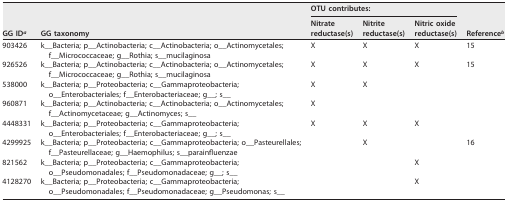
<table><thead><tr><td rowspan="2"><b>GG ID<sup>a</sup></b></td><td rowspan="2"><b>GG taxonomy</b></td><td colspan="3"><b>OTU contributes:</b></td><td rowspan="2"><b>Reference<sup>b</sup></b></td></tr><tr><td><b>Nitrate reductase(s)</b></td><td><b>Nitrite reductase(s)</b></td><td><b>Nitric oxide reductase(s)</b></td></tr></thead><tbody><tr><td>903426</td><td>k__Bacteria; p__Actinobacteria; c__Actinobacteria; o__Actinomycetales; f__Micrococcaceae; g__Rothia; s__mucilaginosa</td><td>X</td><td>X</td><td>X</td><td>15</td></tr><tr><td>926526</td><td>k__Bacteria; p__Actinobacteria; c__Actinobacteria; o__Actinomycetales; f__Micrococcaceae; g__Rothia; s__mucilaginosa</td><td>X</td><td>X</td><td>X</td><td>15</td></tr><tr><td>538000</td><td>k__Bacteria; p__Proteobacteria; c__Gammaproteobacteria; o__Enterobacteriales; f__Enterobacteriaceae; g__; s__</td><td>X</td><td>X</td><td></td><td></td></tr><tr><td>960871</td><td>k__Bacteria; p__Actinobacteria; c__Actinobacteria; o__Actinomycetales; f__Actinomycetaceae; g__Actinomyces; s__</td><td>X</td><td></td><td></td><td></td></tr><tr><td>4448331</td><td>k__Bacteria; p__Proteobacteria; c__Gammaproteobacteria; o__Enterobacteriales; f__Enterobacteriaceae; g__; s__</td><td>X</td><td>X</td><td>X</td><td></td></tr><tr><td>4299925</td><td>k__Bacteria; p__Proteobacteria; c__Gammaproteobacteria; o__Pasteurellales; f__Pasteurellaceae; g__Haemophilus; s__parainfluenzae</td><td></td><td>X</td><td></td><td>16</td></tr><tr><td>821562</td><td>k__Bacteria; p__Proteobacteria; c__Gammaproteobacteria; o__Pseudomonadales; f__Pseudomonadaceae; g__; s__</td><td></td><td></td><td>X</td><td></td></tr><tr><td>4128270</td><td>k__Bacteria; p__Proteobacteria; c__Gammaproteobacteria; o__Pseudomonadales; f__Pseudomonadaceae; g__Pseudomonas; s__</td><td></td><td></td><td>X</td><td></td></tr></tbody></table>